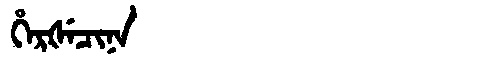
Manchu: ᡥᡝᡵᡧᡝᠴᡳᠨᠠ
Romanization: HERŠECINA